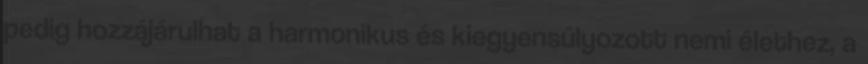
pedig hozzájárulhat a harmonikus és kiegyensúlyozott nemi élethez, a